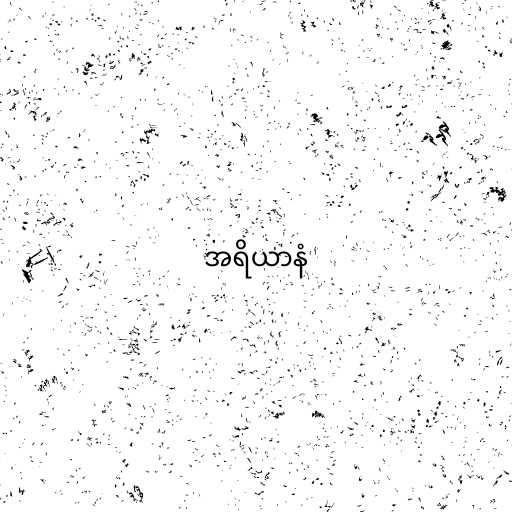
အရိယာနံ